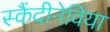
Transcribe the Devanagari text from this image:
स्कैंदीनेविया